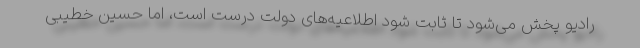
رادیو پخش می‌شود تا ثابت شود اطلاعیه‌های دولت درست است، اما حسین خطیبی